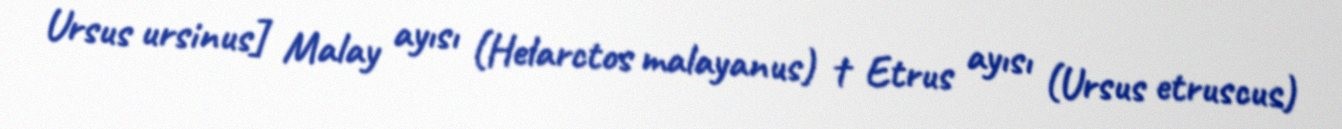
Ursus ursinus] Malay ayısı (Helarctos malayanus) † Etrus ayısı (Ursus etruscus)